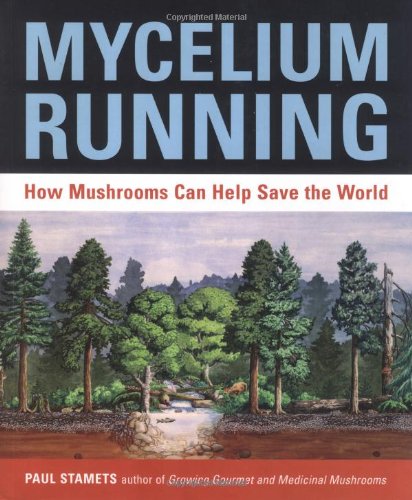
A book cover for Mycelium Running: How Mushrooms Can Help Save the World; Paul Stamets; Cookbooks, Food & Wine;